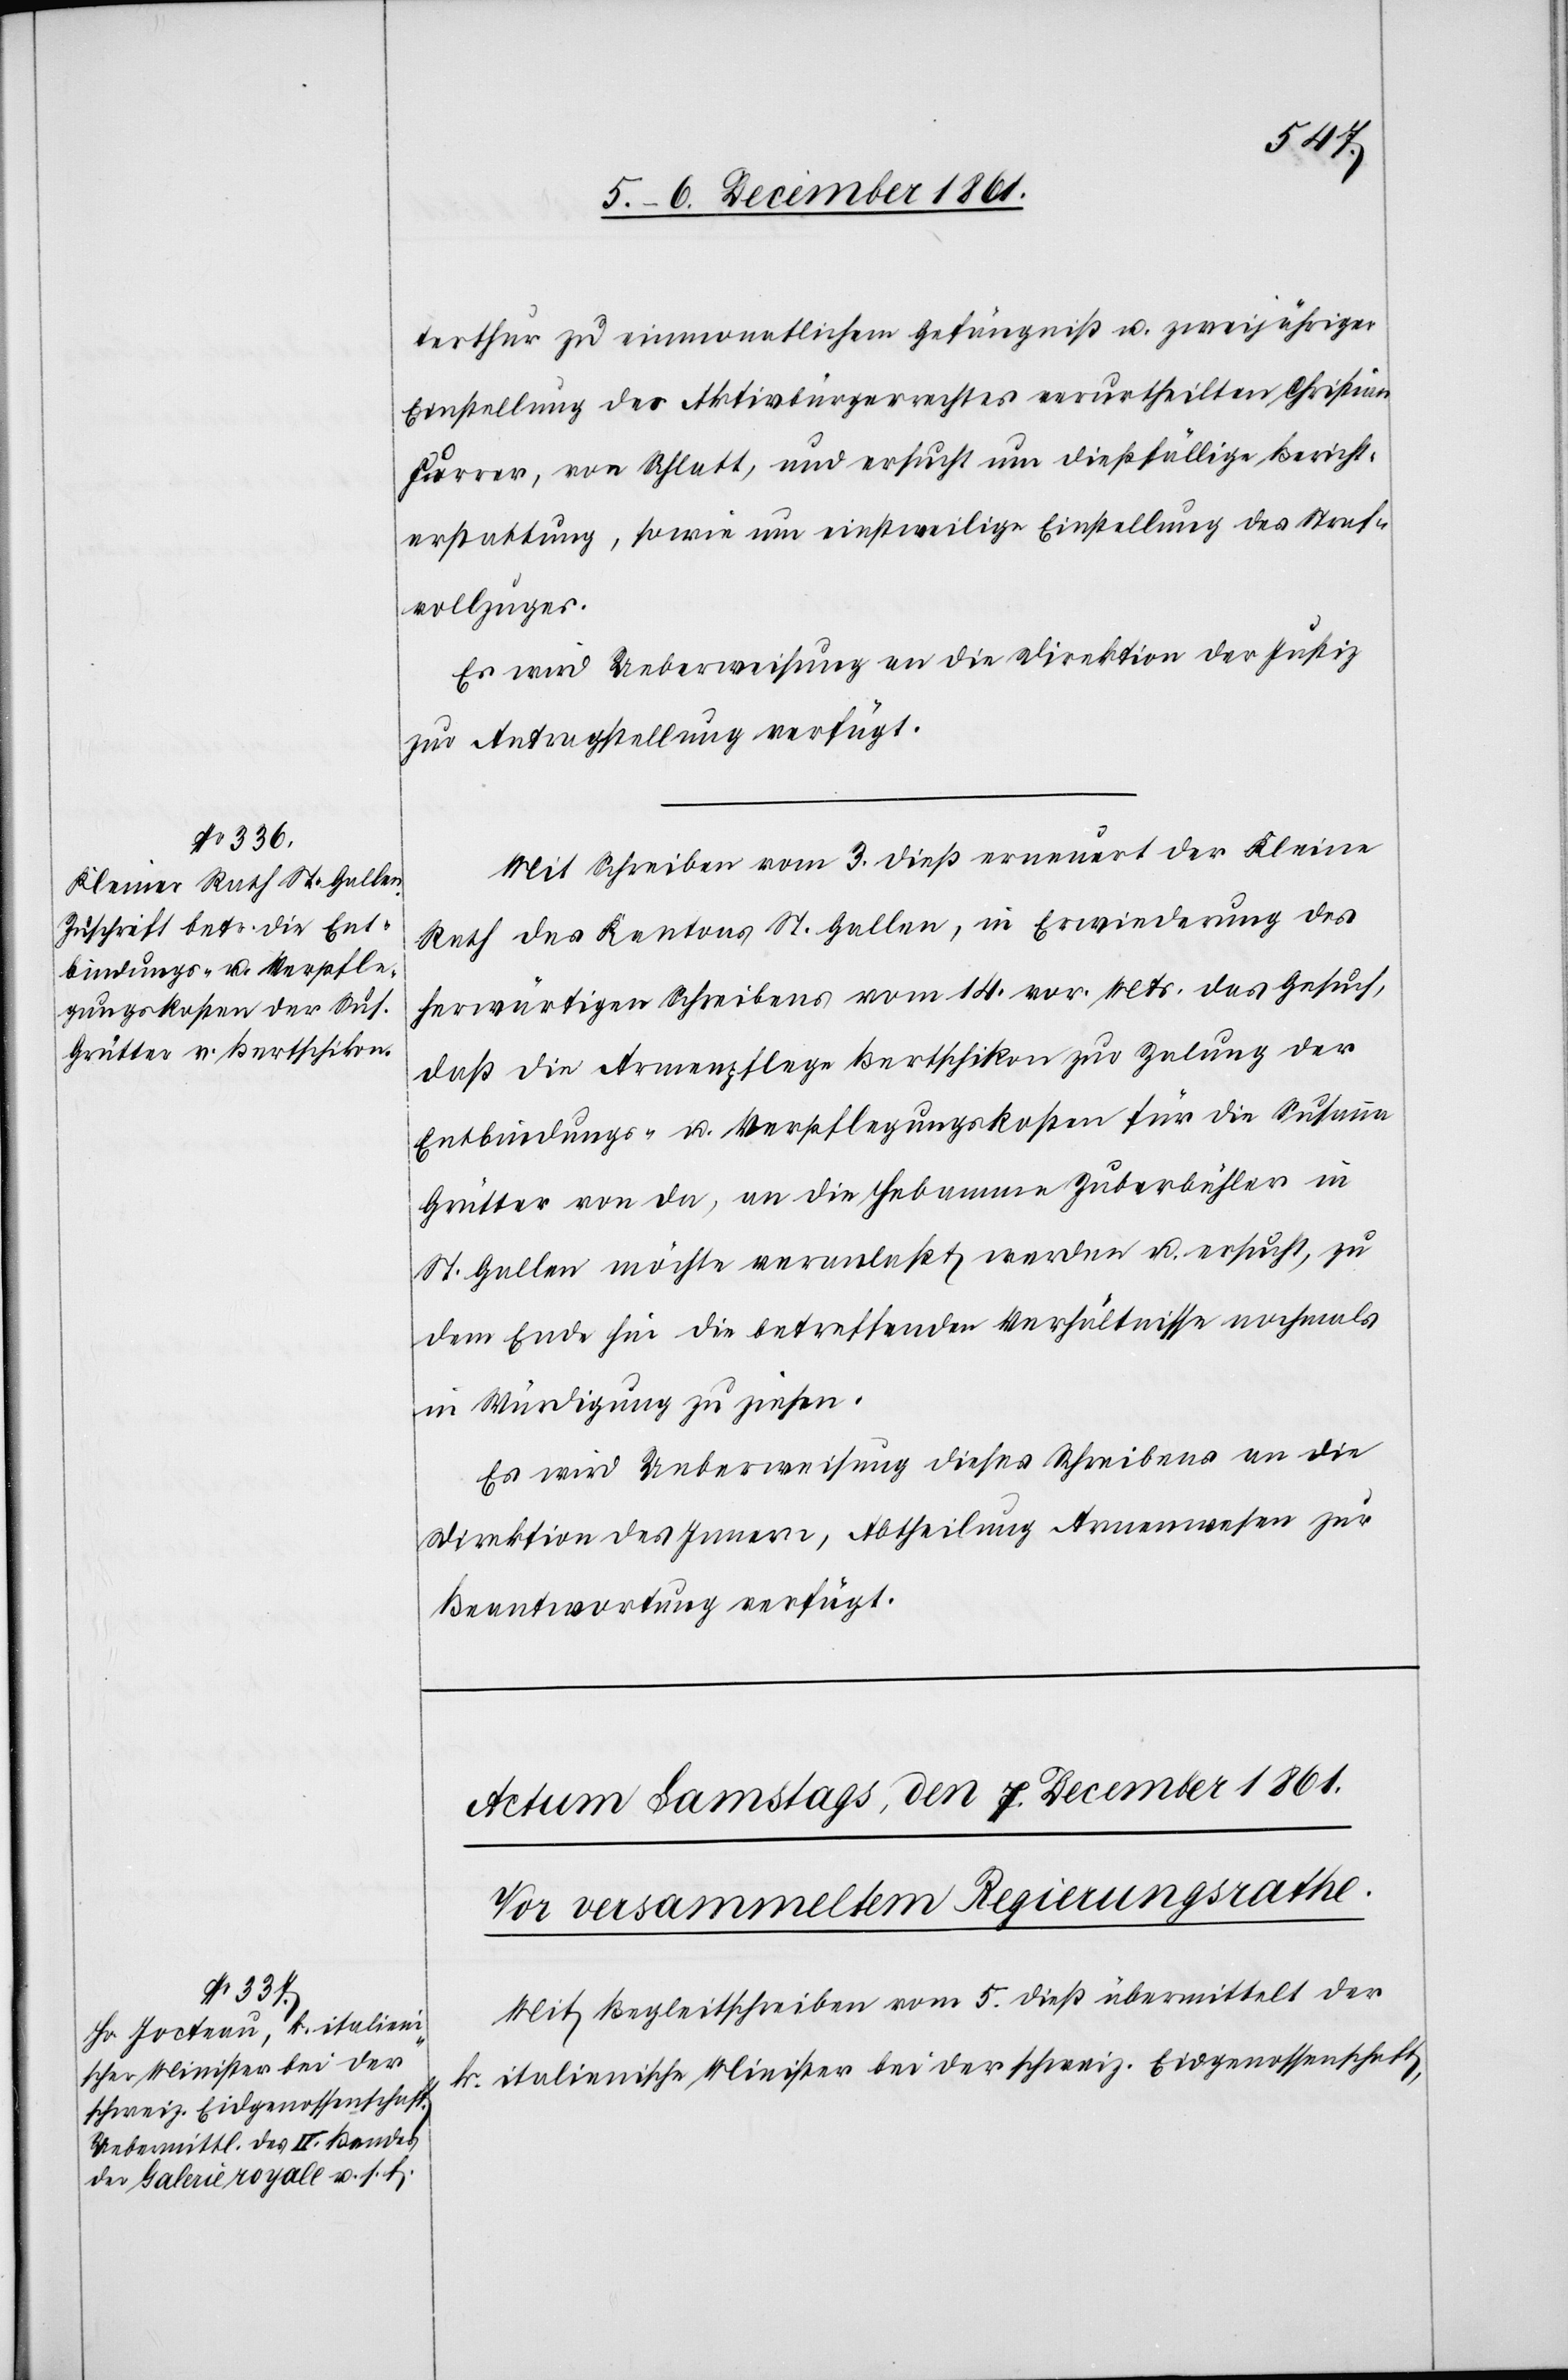
6 December 1861.]
terthur zu einmonatlichem Gefängniß u. zweijähriger
Einstellung des Aktivbürgerrechtes verurtheilten Christian
Furrer, von Schlatt, und ersucht um dießfällige Bericht¬
erstattung, sowie um einstweilige Einstellung des Straf¬
vollzuges.
Es wird Ueberweisung an die Direktion der Justiz
zur Antragstellung verfügt.
Mit Schreiben vom 3 dieß erneuert der Kleine
Rath des Kantons St. Gallen, in Erwiederung des
herwärtigen Schreibens vom 14 vor. Mts. das Gesuch,
daß die Armenpflege Bertschikon zur Zalung der
Entbindungs- u. Verpflegungskosten für die Susanna
Grütter von da, an die Hebamme Zuberbühler in
St. Gallen möchte veranlaßt werden u. ersucht, zu
dem Ende hin die betreffenden Verhältnisse nochmals
in Würdigung zu ziehen.
Es wird Ueberweisung dieses Schreibens an die
Direktion des Innern, Abtheilung Armenwesen zur
Beantwortung verfügt.
Mit Begleitschreiben vom 5 dieß übermittelt der
k. italienische Minister bei der schweiz. Eidgenossenschaft,